Annual administration report of the Civil Veterinary Department, Ajmere-Merwara, British Rajputana - 1914-1940
Year: 1914
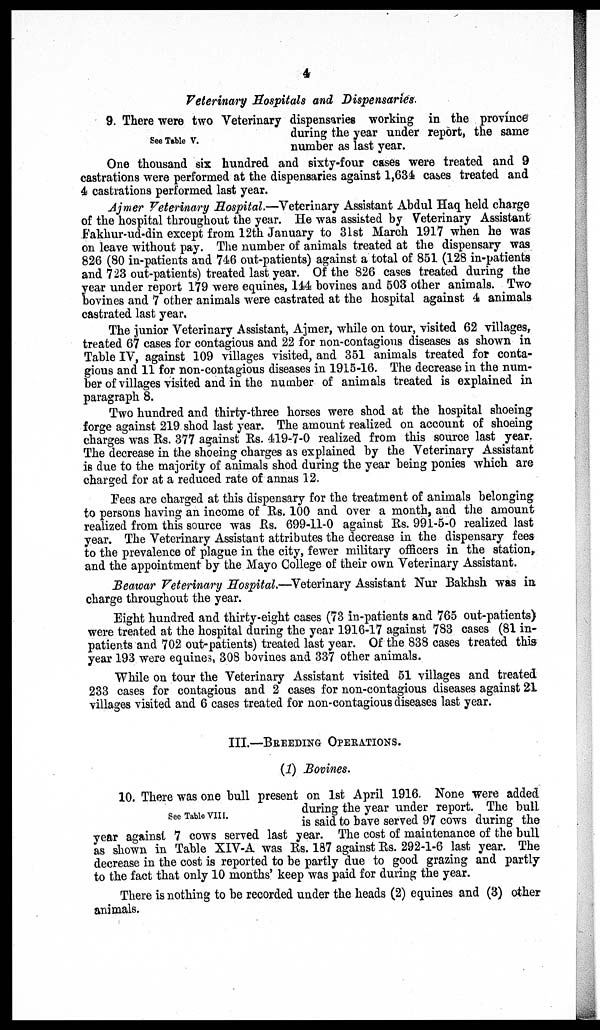
4
Veterinary Hospitals and Dispensaries.
See Table V.
9. There were two Veterinary dispensaries working in the province
during the year under report, the same
number as last year.
One thousand six hundred and sixty-four cases were treated and 9
castrations were performed at the dispensaries against 1,634 cases treated and
4 castrations performed last year.
Ajmer Veterinary Hospital.—Veterinary Assistant Abdul Haq held charge
of the hospital throughout the year. He was assisted by Veterinary Assistant
Fakhur-ud-din except from 12th January to 31st March 1917 when he was
on leave without pay. The number of animals treated at the dispensary was
826 (80 in-patients and 746 out-patients) against a total of 851 (128 in-patients
and 723 out-patients) treated last year. Of the 826 cases treated during the
year under report 179 were equines, 144 bovines and 503 other animals. Two
bovines and 7 other animals were castrated at the hospital against 4 animals
castrated last year.
The junior Veterinary Assistant, Ajmer, while on tour, visited 62 villages,
treated 67 cases for contagious and 22 for non-contagious diseases as shown in
Table IV, against 109 villages visited, and 351 animals treated for conta-
gious and 11 for non-contagious diseases in 1915-16. The decrease in the num-
ber of villages visited and in the number of animals treated is explained in
paragraph 8.
Two hundred and thirty-three horses were shod at the hospital shoeing
forge against 219 shod last year. The amount realized on account of shoeing
charges was Rs. 377 against Rs. 419-7-0 realized from this source last year.
The decrease in the shoeing charges as explained by the Veterinary Assistant
is due to the majority of animals shod during the year being ponies which are
charged for at a reduced rate of annas 12.
Fees are charged at this dispensary for the treatment of animals belonging
to persons having an income of Rs. 100 and over a month, and the amount
realized from this source was Rs. 699-11-0 against Rs. 991-5-0 realized last
year. The Veterinary Assistant attributes the decrease in the dispensary fees
to the prevalence of plague in the city, fewer military officers in the station,
and the appointment by the Mayo College of their own Veterinary Assistant.
Beawar Veterinary Hospital.—Veterinary Assistant Nur Bakhsh was in
charge throughout the year.
Eight hundred and thirty-eight cases (73 in-patients and 765 out-patients)
were treated at the hospital during the year 1916-17 against 783 cases (81 in-
patients and 702 out-patients) treated last year. Of the 838 cases treated this
year 193 were equines, 308 bovines and 337 other animals.
While on tour the Veterinary Assistant visited 51 villages and treated
233 cases for contagious and 2 cases for non-contagious diseases against 21
villages visited and 6 cases treated for non-contagious diseases last year.
III.—BREEDING OPERATIONS.
(1) Bovines.
See Table VIII.
10. There was one bull present on 1st April 1916. None were added
during the year under report. The bull
is said to have served 97 cows during the
year against 7 cows served last year. The cost of maintenance of the bull
as shown in Table XIV-A was Rs. 187 against Rs. 292-1-6 last year. The
decrease in the cost is reported to be partly due to good grazing and partly
to the fact that only 10 months' keep was paid for during the year.
There is nothing to be recorded under the heads (2) equines and (3) other
animals.